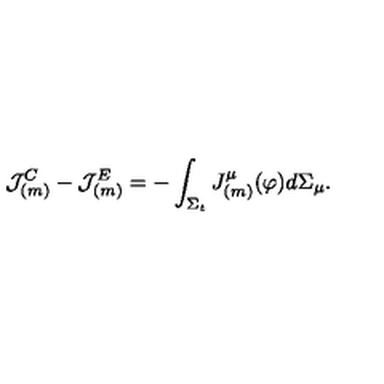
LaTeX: { \cal J } _ { ( m ) } ^ { C } - { \cal J } _ { ( m ) } ^ { E } = - \int _ { \Sigma _ { t } } J _ { ( m ) } ^ { \mu } ( \varphi ) d \Sigma _ { \mu } .